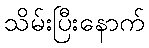
သိမ်းပြီးနောက်